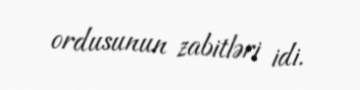
ordusunun zabitləri idi.